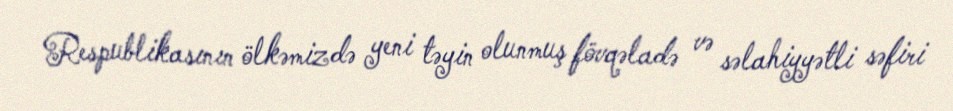
Respublikasının ölkəmizdə yeni təyin olunmuş fövqəladə və səlahiyyətli səfiri